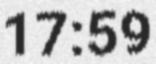
17:59